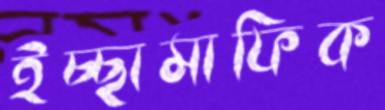
ইচ্ছামাফিক